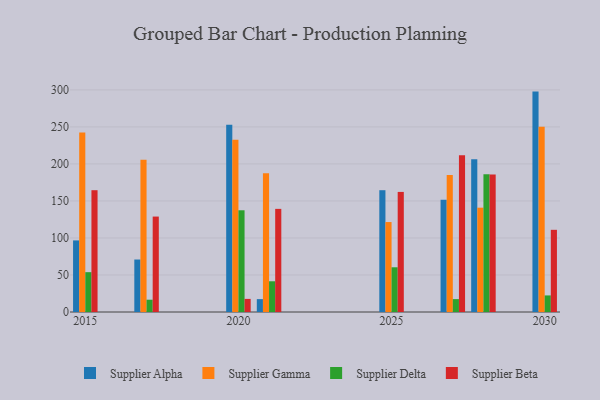
{"axis": {"x": "Year", "y": "Operating Costs (USD K)"}, "legend": ["Supplier Alpha", "Supplier Beta", "Supplier Delta", "Supplier Gamma"], "data": [{"x": "2025", "y": 164.5, "type": "Supplier Alpha"}, {"x": "2025", "y": 121.5, "type": "Supplier Gamma"}, {"x": "2025", "y": 60.4, "type": "Supplier Delta"}, {"x": "2025", "y": 162.2, "type": "Supplier Beta"}, {"x": "2021", "y": 17.4, "type": "Supplier Alpha"}, {"x": "2021", "y": 187.5, "type": "Supplier Gamma"}, {"x": "2021", "y": 41.5, "type": "Supplier Delta"}, {"x": "2021", "y": 139.3, "type": "Supplier Beta"}, {"x": "2027", "y": 151.6, "type": "Supplier Alpha"}, {"x": "2027", "y": 185.2, "type": "Supplier Gamma"}, {"x": "2027", "y": 17.4, "type": "Supplier Delta"}, {"x": "2027", "y": 211.6, "type": "Supplier Beta"}, {"x": "2028", "y": 206.3, "type": "Supplier Alpha"}, {"x": "2028", "y": 140.9, "type": "Supplier Gamma"}, {"x": "2028", "y": 186.1, "type": "Supplier Delta"}, {"x": "2028", "y": 185.7, "type": "Supplier Beta"}, {"x": "2030", "y": 297.7, "type": "Supplier Alpha"}, {"x": "2030", "y": 250.3, "type": "Supplier Gamma"}, {"x": "2030", "y": 22.4, "type": "Supplier Delta"}, {"x": "2030", "y": 111.0, "type": "Supplier Beta"}, {"x": "2020", "y": 252.8, "type": "Supplier Alpha"}, {"x": "2020", "y": 232.6, "type": "Supplier Gamma"}, {"x": "2020", "y": 137.4, "type": "Supplier Delta"}, {"x": "2020", "y": 17.7, "type": "Supplier Beta"}, {"x": "2017", "y": 70.9, "type": "Supplier Alpha"}, {"x": "2017", "y": 205.8, "type": "Supplier Gamma"}, {"x": "2017", "y": 16.6, "type": "Supplier Delta"}, {"x": "2017", "y": 128.9, "type": "Supplier Beta"}, {"x": "2015", "y": 96.7, "type": "Supplier Alpha"}, {"x": "2015", "y": 242.6, "type": "Supplier Gamma"}, {"x": "2015", "y": 53.8, "type": "Supplier Delta"}, {"x": "2015", "y": 164.5, "type": "Supplier Beta"}]}